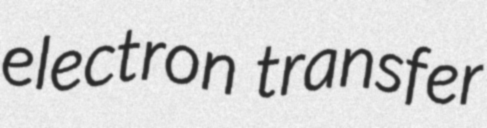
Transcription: electron transfer